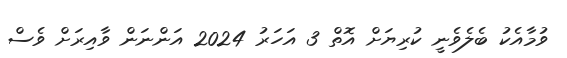
ވުމާއެކު ބެލެވެނީ ކުރިޔަށް އޮތް 3 އަހަރު 2024 އަންނަން ވާއިރަށް ވެސް